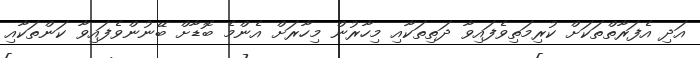
އަދި އެފަރާތްތަކަށް ކުރިމަތިވެފައިވާ ދަތިތަކާއި މިހާރުން މިހާރަށް އެންމެ ބޮޑާށް ބޭނުންވެފައިވާ ކަންތަކާއި